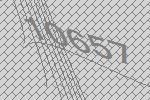
10657